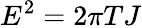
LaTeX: E^{2}=2\pi TJ